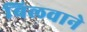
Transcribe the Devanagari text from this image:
बिलवाने